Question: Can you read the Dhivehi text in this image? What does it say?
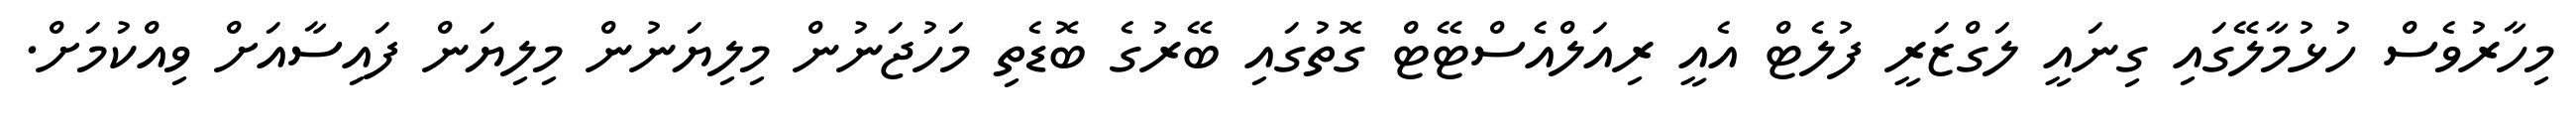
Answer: މިހާރުވެސް ހުޅުމާލޭގައި ގިނައީ ލަގްޒަރީ ފުލެޓް އެއީ ރިއަލްއެސްޓޭޓް ގޮތުގައި ބޭރުގެ ބޮޑެތި މަހުޖަނުން މިލިޔަނުން މިލިޔަން ފައިސާއަށް ވިއްކުމަށް.